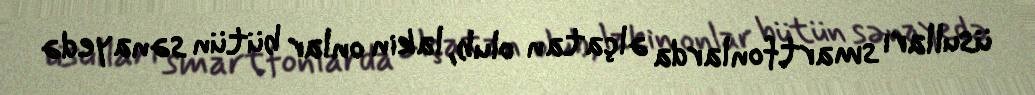
üsulları smartfonlarda əlçatan olub, lakin onlar bütün sənayedə